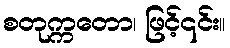
စတုက္ကတော၊ ဖြင့်၎င်း။